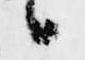
候